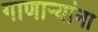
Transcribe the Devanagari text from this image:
गाणाऱ्यांना